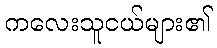
ကလေးသူငယ်များ၏